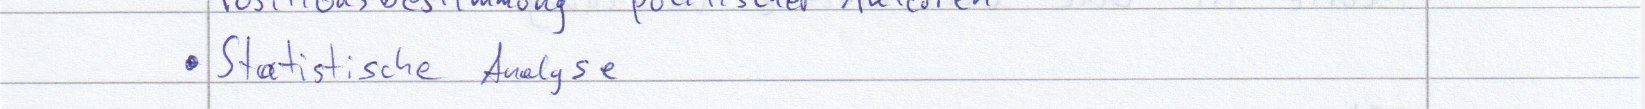
Statistische Analyse